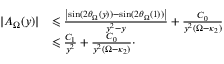
\begin{array} { r l } { | A _ { \Omega } ( y ) | } & { \leqslant \frac { \left| \sin ( 2 \theta _ { \Omega } ( y ) ) - \sin ( 2 \theta _ { \Omega } ( 1 ) ) \right| } { y ^ { 2 } - y } + \frac { C _ { 0 } } { y ^ { 2 } ( \Omega - \kappa _ { 2 } ) } } \\ & { \leqslant \frac { C _ { 1 } } { y ^ { 2 } } + \frac { C _ { 0 } } { y ^ { 2 } ( \Omega - \kappa _ { 2 } ) } \cdot } \end{array}